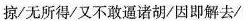
掠/无所得/又不敢逼诸胡/因即解去/